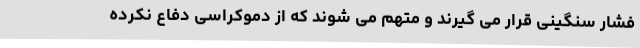
فشار سنگینی قرار می گیرند و متهم می شوند که از دموکراسی دفاع نکرده